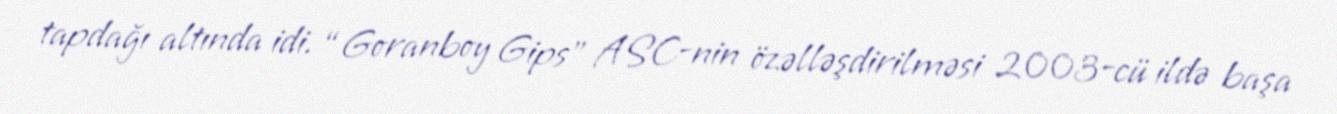
tapdağı altında idi. “Goranboy Gips” ASC-nin özəlləşdirilməsi 2003-cü ildə başa